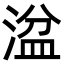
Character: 湓